Report on vaccination in Madras 1877-1894 - 1877-1894
Year: 1877
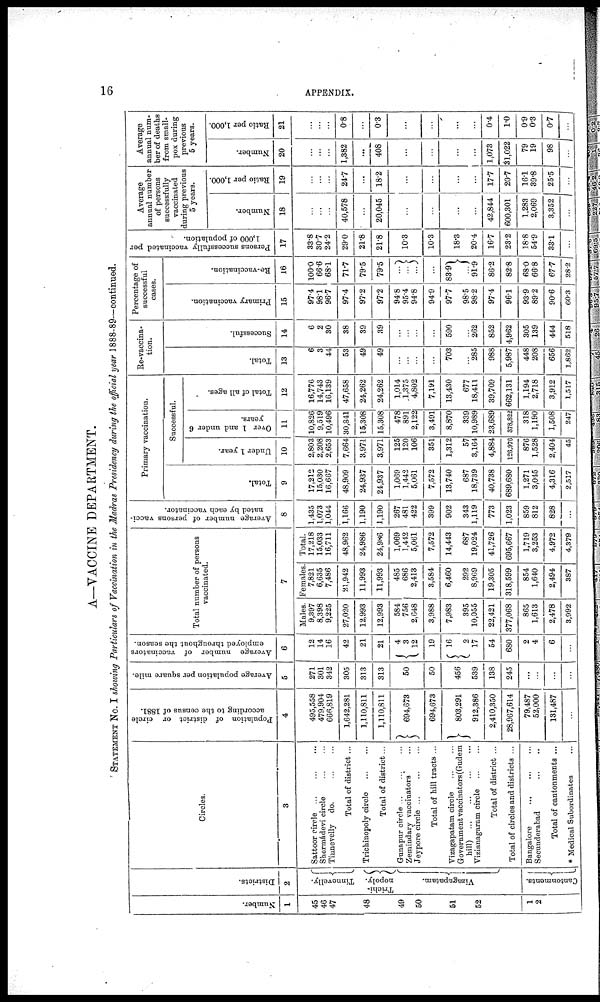
16
APPENDIX.
A—VACCINE DEPARTMENT.
STATEMENT No. I showing Particulars of Vaccination in the Madras Presidency during the official year 1888-89—continued.
Number.
1
45
46
47
48
49
50
51
52
2
Districts.
2
Tinnevelly.
Trichi¬
nopoly.
Vizagapatam.
Cantonments.
Circles.
3
Sattoor circle
...
...
...
Shermádevi circle ... ...
Tinnevelly do.
...
...
Total of district ...
Trichinopoly circle
...
...
Total of district...
Gunapur circle
...
...
...
Zemindary vaccinators ...
Jeypore circle
...
...
...
Total of hill tracts ...
Vizagapatam circle ... ...
Government vaccinators (Gudem
hill)
...
...
...
...
Vizianagaram circle ... ...
Total of district ...
Total of circles and districts ...
Bangalore ... ... ...
Seounderabad
...
...
Total of cantonments ...
* Medical Subordinates ...
Population of district or circle
according to the census of 1881.
4
495,558
479,904
666,819
1,642,281
1,110,811
1,110,811
694,673
694,673
803,291
912,386
2,410,350
28,967,614
79,487
52,000
131,487
...
Average population per square mile.
5
271
301
342
305
313
313
50
50
456
539
138
245
...
...
...
...
Average number of vaccinators
employed throughout the season.
6
12
14
16
42
21
21
4 3
12
19
16
2
17
54
680
2
4
6
...
Total number of persons
vaccinated.
7
Males.
9,397
8,398
9,225
27,020
12,993
12,993
584
756
2,648
3,988
7,983
395
10,055
22,421
377,068
865
1,613
2,478
3,992
Females.
7,821
6,635
7,486
21,942
11,993
11,993
485
686
2,413
3,584
6,460
292
8,969
19,305
318,599
854
1,640
2,494
387
Total.
17,218
15,033
16,711
48,962
24,986
24,986
1,069
1,442
5,061
7,572
14,443
687
19,024
41,726
695,667
1,719
3,253
4,972
4,379
Average number of persons vacci-
nated by each vaccinator.
8
1,435
1,073
1,044
1,166
1,190
1,190
267
481
422
399
902
343
1,119
773
1,023
859
812
828
...
Primary vaccination.
Total.
9
17,212
15,030
16,667
48,909
24,937
24,937
1,069
1,442
5,061
7,572
13,740
687
18,739
40,738
689,680
1,271
3,045
4,316
2,517
Successful.
Under 1 year.
10
2,803
2,208
2,653
7,664
3,971
3,971
125
120
106
351
1,312
57
3,164
4,884
126,976
876
1,528
2,404
45
Over 1 and under 6
years.
11
10,826
9,519
10,496
30,841
15,308
15,308
478
891
2,122
3,491
8,870
339
10,989
23,689
378,822
318
1,190
1,508
247
Total of all ages.
12
16,776
14,743
16,139
47,658
24,262
24,262
1,014
1,375
4,802
7,191
13,430
677
18,411
39,709
662,131
1,194
2,718
3,912
1,517
Re-vaccina-
tion.
Total.
13
6
3
44
53
49
49
...
...
...
...
703
...
285
988
5,987
448
208
656
1,862
Successful.
14
6
2
30
38
39
39
...
...
...
...
590
...
262
852
4,962
305
139
444
518
Percentage of
successful
cases.
Primary vaccination.
15
97.4
98.1
96.7
97.4
972
97.2
94.8
95.4
94.8
94.9
97.7
98.5
98.2
97.4
96.1
93.9
89.2
90.6
60.3
Re-vaccination.
16
100.0
66.6
68.1
71.7
79.5
79.5
...
...
...
...
83.9
...
91.9
86.2
82.8
68.0
66.8
67.7
28.2
Persons successfully vaccinated per
1,000 of population.
17
33.8
30.7
24.2
29.0
21.8
21.8
10.3
10.3
18.3
20.4
16.7
23.2
18.8
54.9
33.1
...
Average
annual number
of persons
successfully
vaccinated
during previous
5 years.
Number.
18
...
...
...
40,578
...
20,045
...
...
...
...
42,844
600,301
1,283
2,069
3,352
...
Ratio per 1,000.
19
...
...
...
24.7
...
18.2
...
...
...
...
17.7
20.7
16.1
39.8
25.5
...
Average
annual num-
ber of deaths
from small-
pox during
previous
5 years.
Number.
20
...
...
...
1,382
...
408
...
...
...
...
1,073
31,022
79
19
98
...
Ratio per 1,000.
21
...
...
...
0.8
...
0.3
...
...
...
...
0.4
1.0
0.9
0.3
0.7
...